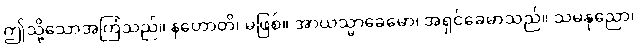
ဤသို့သောအကြံသည်။ နဟောတိ၊ မဖြစ်။ အာယသ္မာခေမော၊ အရှင်ခေမာသည်။ သမနုညော၊